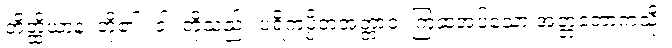
တိတ္ထိယာနံ၊ တို့၏။ ဝါ၊ တို့သည်။ ပရိကပ္ပိတအတ္တာဝ၊ ကြံဆအပ်သော အတ္တဘောကဲ့သို့။